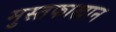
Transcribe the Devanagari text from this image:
मुस्तफाखान